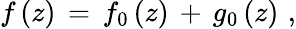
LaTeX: f\, (z)\, =\, f_{0}\, (z)\, +\, g_{0}\, (z)\, \, ,